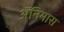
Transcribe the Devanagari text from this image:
ॲनिमास